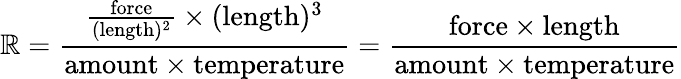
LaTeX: \mathbb{R}={\frac{{{\frac{{\mathrm{{force}}}}{{(\mathrm{{length}})^{2}}}}\times(\mathrm{{length}})^{3}}}{{\mathrm{{amount}}\times\mathrm{{temperature}}}}}={\frac{{\mathrm{{force}}\times\mathrm{{length}}}}{{\mathrm{{amount}}\times\mathrm{{temperature}}}}}